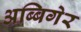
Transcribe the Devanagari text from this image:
अब्बिगेर